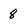
Character: 8